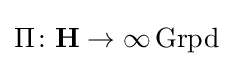
\Pi \colon \mathbf {H} \rightarrow \infty \operatorname {Grpd}